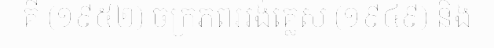
គី (១៩៥២) ចក្រភពអង់គ្លេស (១៩៤៩) និង